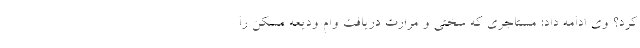
کرد؟ وی ادامه داد: مستاجری که سختی و مرارت دریافت وام ودیعه مسکن را